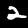
Digit: 2